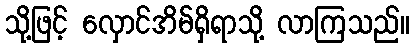
သို့ဖြင့် လှောင်အိမ်ရှိရာသို့ လာကြသည်။